Vabadussoja_Ajaloo_Komitee, lk 87
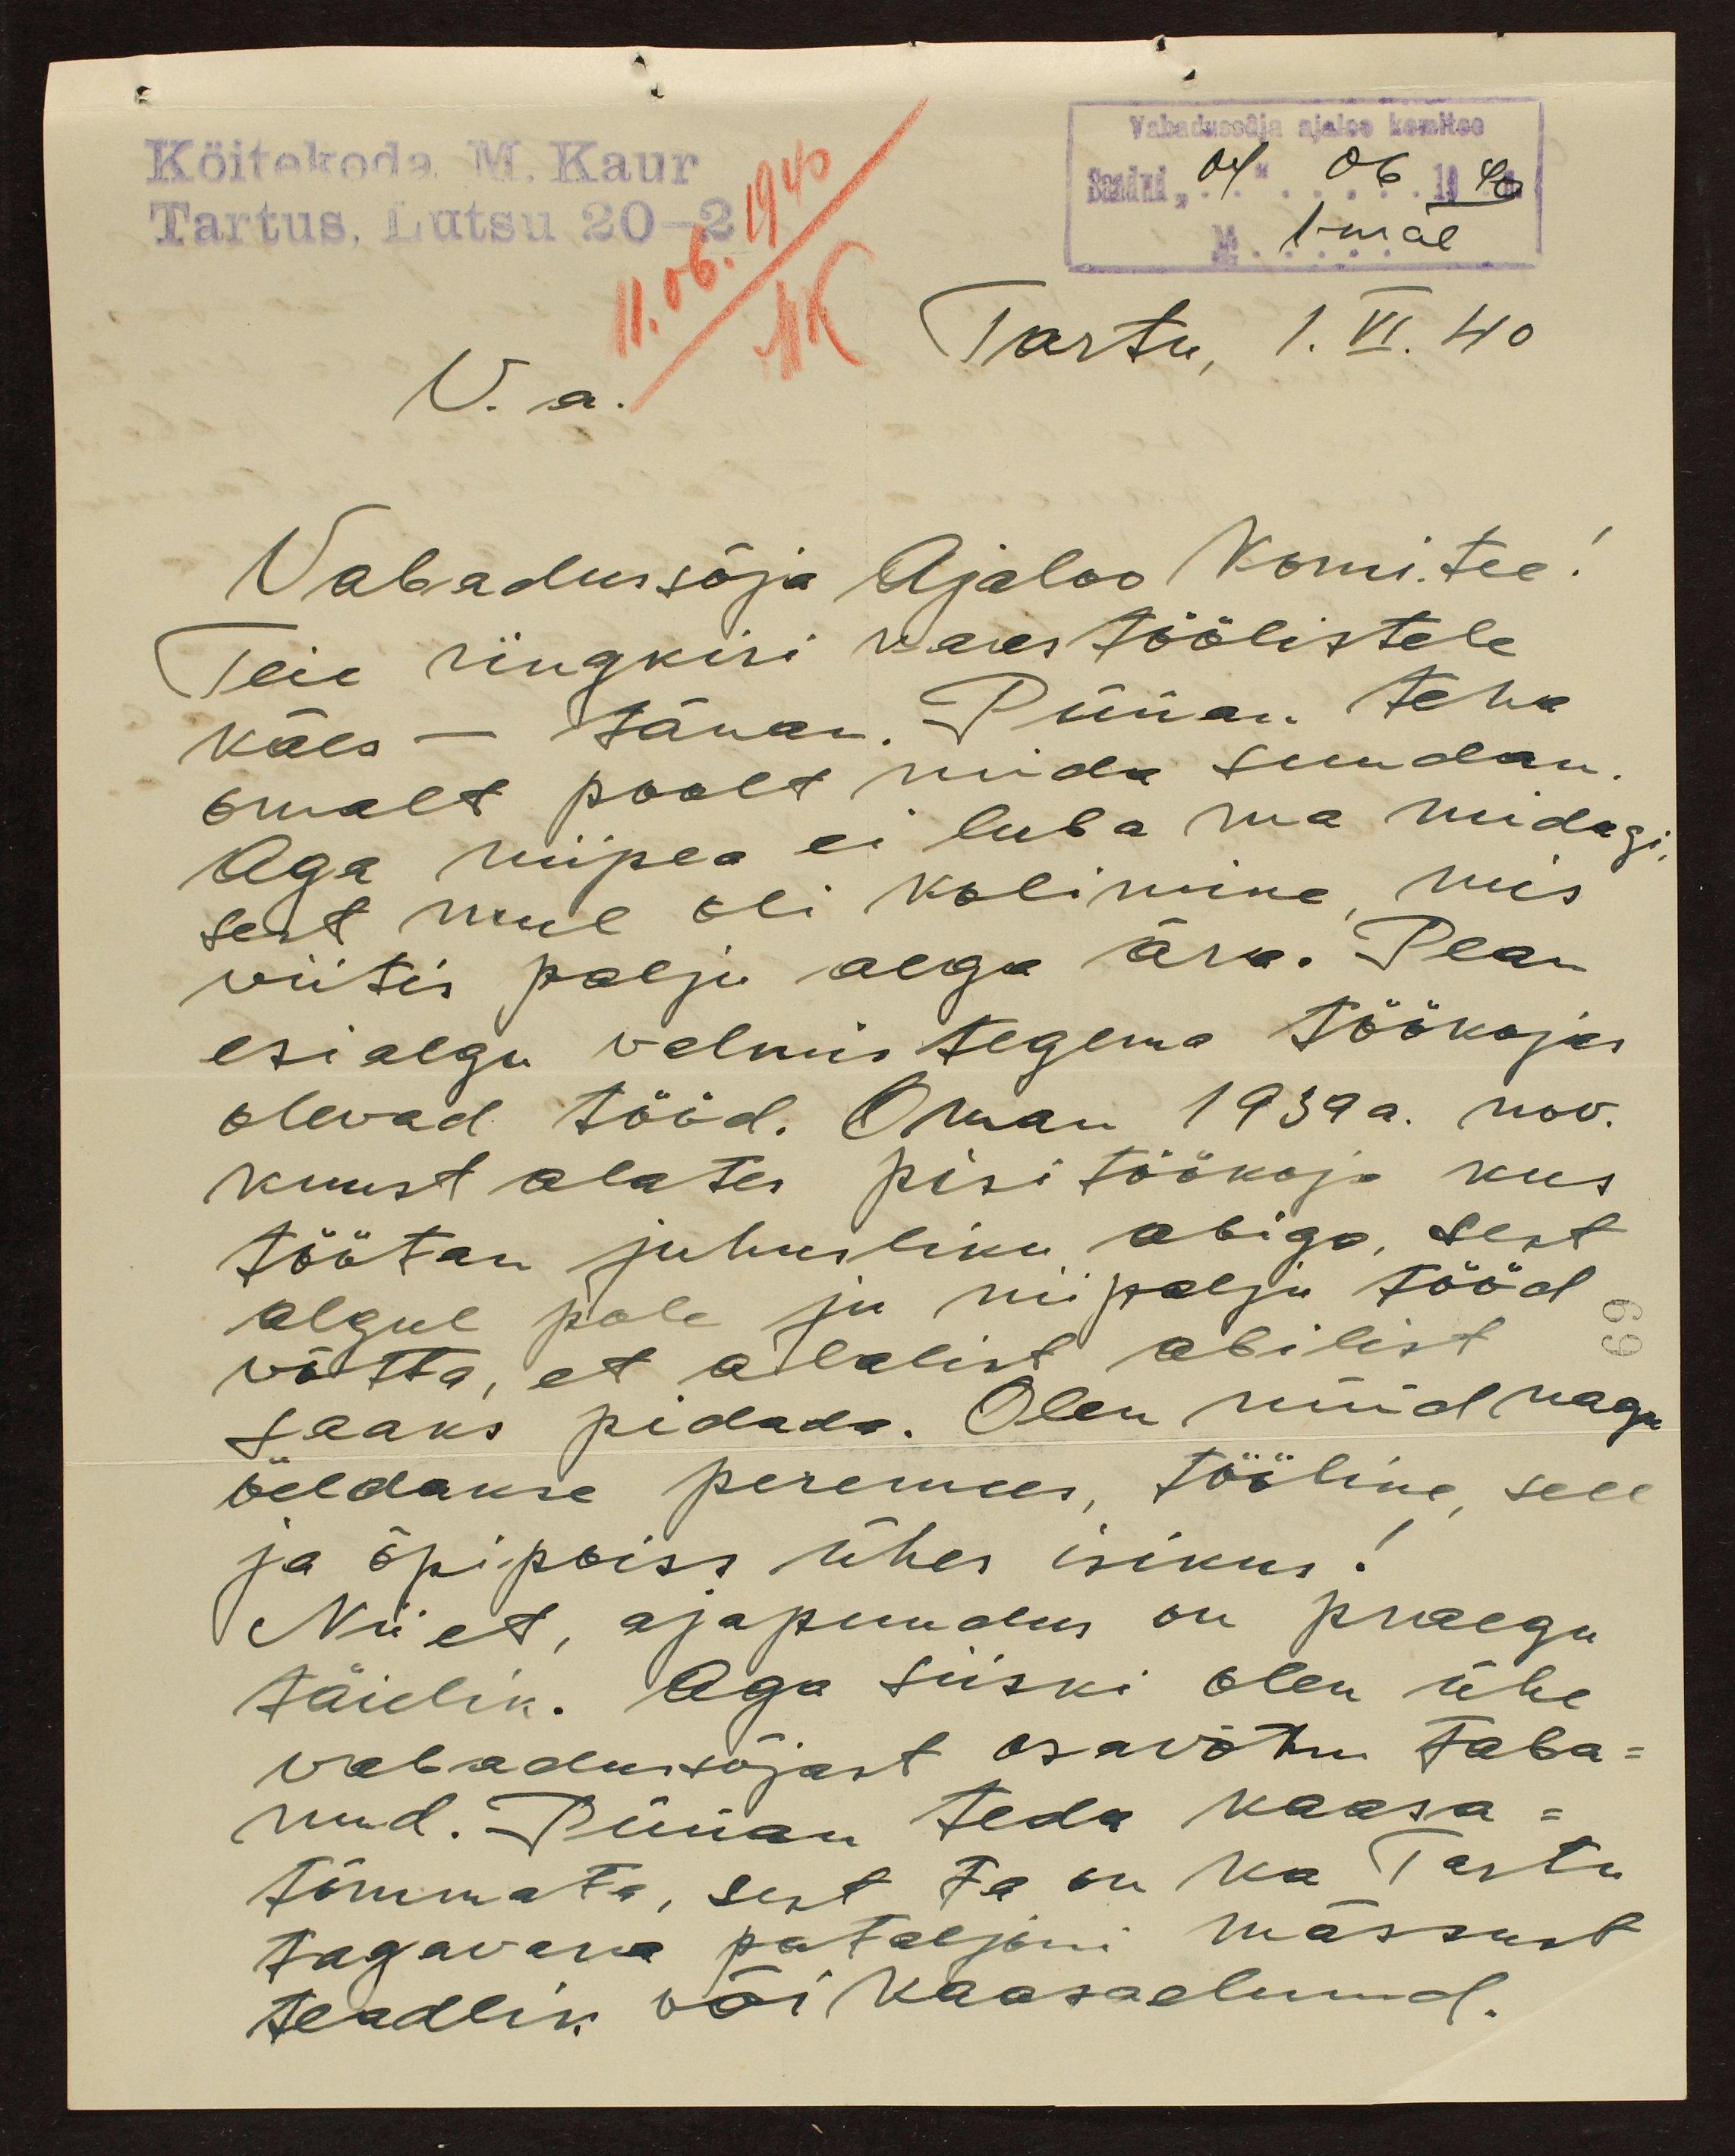
Vabadussõja ajaloo komitee
Köitekoda M. Kaur
11.06.1940
Saadud, 04 " 06  1940
Tartus, Lutsu 20-2
No 1-mal
Tartu, 1.VI. 40
V.a.
Vabadussõja Ajaloo Komitee!
Teie ringkiri kaestöölistele
käes - tänan. Püüan teha
omalt poolt mida suudan
Aga niipea ei luba ma midagi
sest mul oli kolimne mis
viitis palju aega ära. Pean
esialgu valmis tegema töökojas
olevad tööd. Oman 1939 a. nov.
kuust alates pisi töökoja kus
töötan juhusliku abiga, sest
algul pole ju niipalju tööd
võtta, et alalist abilist
69
saaks pidada. Olen nüüd nagu
öeldakse peremees, tööline, sell
ja õpipoiss ühes isikus!
Nii et, ajapuudus on praegu
täielik. Aga siiski olen ühe
vabadussõjast osavõtnu taba-
nud. Püüan teda kaasa-
tõmmata, sest ta on ka Tartu
tagavara pataljoni mässust
teadlik või kaasaelanud.